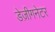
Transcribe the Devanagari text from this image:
डेज़ीगनेटर